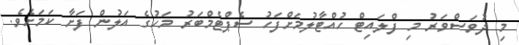
މި ދުވަސްވަރު މި ފްލައިޓް ހުއްޓާލުމަށްފަހު ސެޕްޓެމްބަރު މަހުގެ އަލުން ފަށާ ކަމަށެވެ.